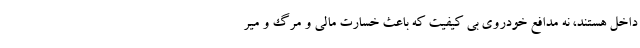
داخل هستند، نه مدافع خودروی بی کیفیت که باعث خسارت مالی و مرگ و میر